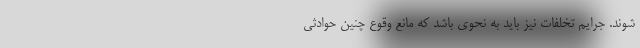
شوند. جرایم تخلفات نیز باید به نحوی باشد که مانع وقوع چنین حوادثی